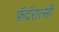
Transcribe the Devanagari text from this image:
फ़ॅदॅरात्सी